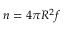
n = 4 { \pi } R ^ { 2 } f